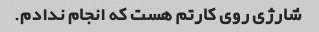
شارژی روی کارتم هست که انجام ندادم.